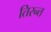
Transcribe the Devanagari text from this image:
तिरन्त